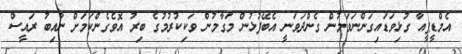
އެމްޑީޕީއާ ގުޅިވަޑައިގަންނަވަމުން ގެންދަވަނީ އެބޭފުޅުން މަގާމުން ވަކިކުރުމުގެ ބިރު އޮވެގެންކަމަށް ނާއިބު ރައީސް